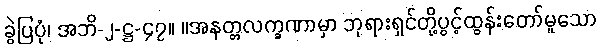
ခွဲပြပုံ၊ အဘိ-၂-ဋ္ဌ-၄၇။ ။အနတ္တလက္ခဏာမှာ ဘုရားရှင်တို့ပွင့်ထွန်းတော်မူသော